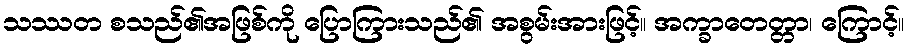
သဿတ စသည်၏အဖြစ်ကို ပြောကြားသည်၏ အစွမ်းအားဖြင့်။ အက္ခာတေတ္တာ၊ ကြောင့်။